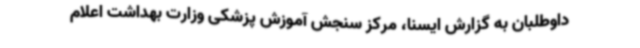
داوطلبان به گزارش ایسنا، مرکز سنجش آموزش پزشکی وزارت بهداشت اعلام